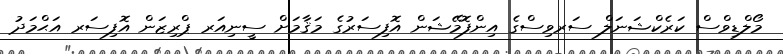
މޯލްޑިވްސް ކަރެކްޝަނަލް ސަރވިސްގެ އިންފޮމޭޝަން އޮފިސަރުގެ މަޤާމަށް ސީނިއަރ ޕްރިޒަން އޮފިސަރ އަޙްމަދު